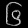
Digit: ၆